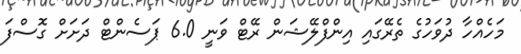
މަހެއްހާ ދުވަހުގެ ތެރޭގައި އިންފްލޭޝަން ރޭޓް ވަނީ 6.0 ޕަސެންޓް ދަށަށް ގޮސްފަ